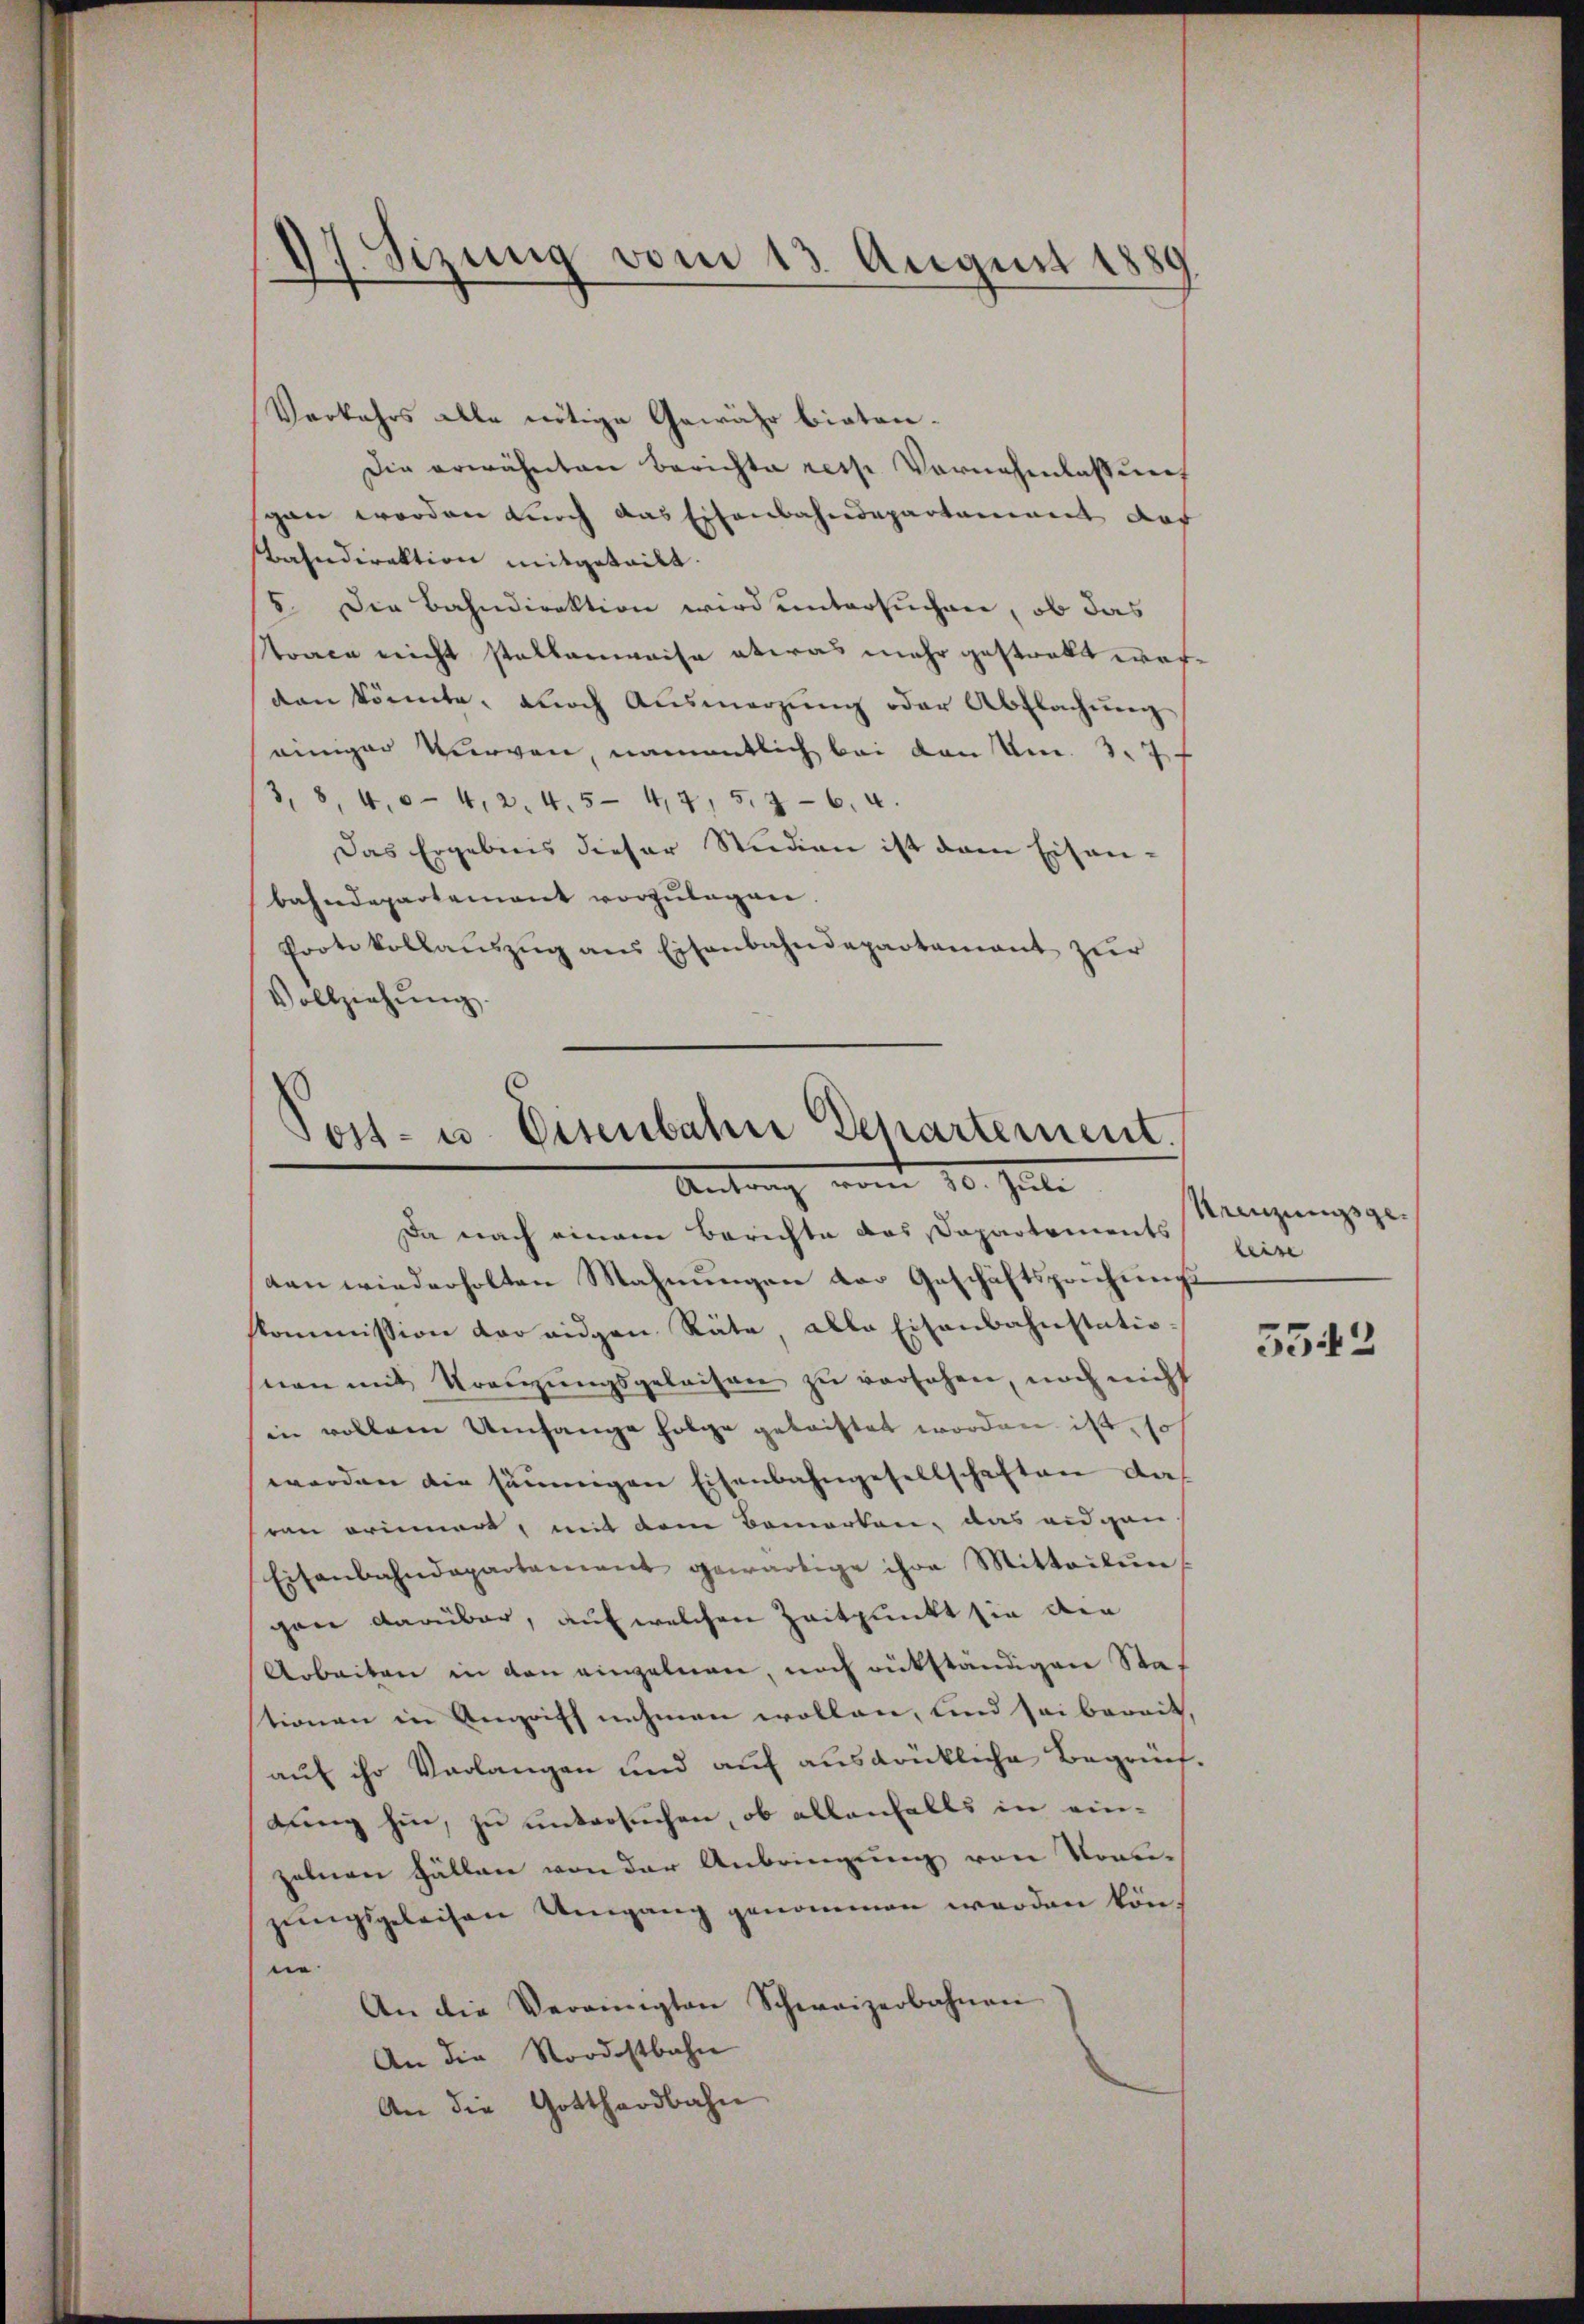
¬
Sizung vom 13 August 1889

Verkehrs alle nötige Gewähr bieten.
Die erwähnten Berichte resp. Vornehmlassung
gan worden durch das Eisenbahndepartament das
Bahndirektion mitgeteilt.
5. Die Bahndirektion wird untersuchen, ob das
Trace nicht stellenweise etwas mehr gestrakt werden könnte, durch Ausmerzung oder Abflachung
einiger Kurven, namentlich bei den Um. 3.7
. 8, 404, 2. 4. 547, 5.6.4.
Das Ergebnis dieser Studien ist dann Eisen-
bahndepartement vorzulagen.
Porte Vollaŭszŭg ans Eisenbahndepartamant zur
Vollziehung.

Tost- u. Eisenbahn Departement.
10. Jet
Da nach einem Berichte das Papartements

tan wiederholten Mahnŭngen der Geschäftsprüfŭngs
kommission vor eigen Räte, alle Eisenbahnstatio-
nen mit Kreuzungsgeleisen zu versehen, noch nicht
in vollem Umfange folge getriftet worden ist, so
werden die säumigen Eisenbahngesellschaften das
von erinnert, mit dem Bamorten, das eidgen
Eisenbahndepartement gewärtige ihre Mitteilŭng
gane darüber, auf welchen Zeitpunkt sie die
Arbeiten in den einzelnen, noch rükständigen Stationen in Angriff nehmen wollen, und sei bereit,
auf ihr Verlangen und auf ausdrükliche Begrünflung hin, zu untersuchen, ob allenfalls in einzelnen Fällen von der Anbringung von Trauzungsgeleisen Umgang genommen werden könne
An die Vereinigten Schweizerbahnen
An die Nordostbahn
An die Gotthardbahn

Krenzungsgeleise

5542